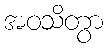
အဝသိတွာ